65_HS1-834228961_62-HQ-83894_Section_4
Agency: FBI
Page 189
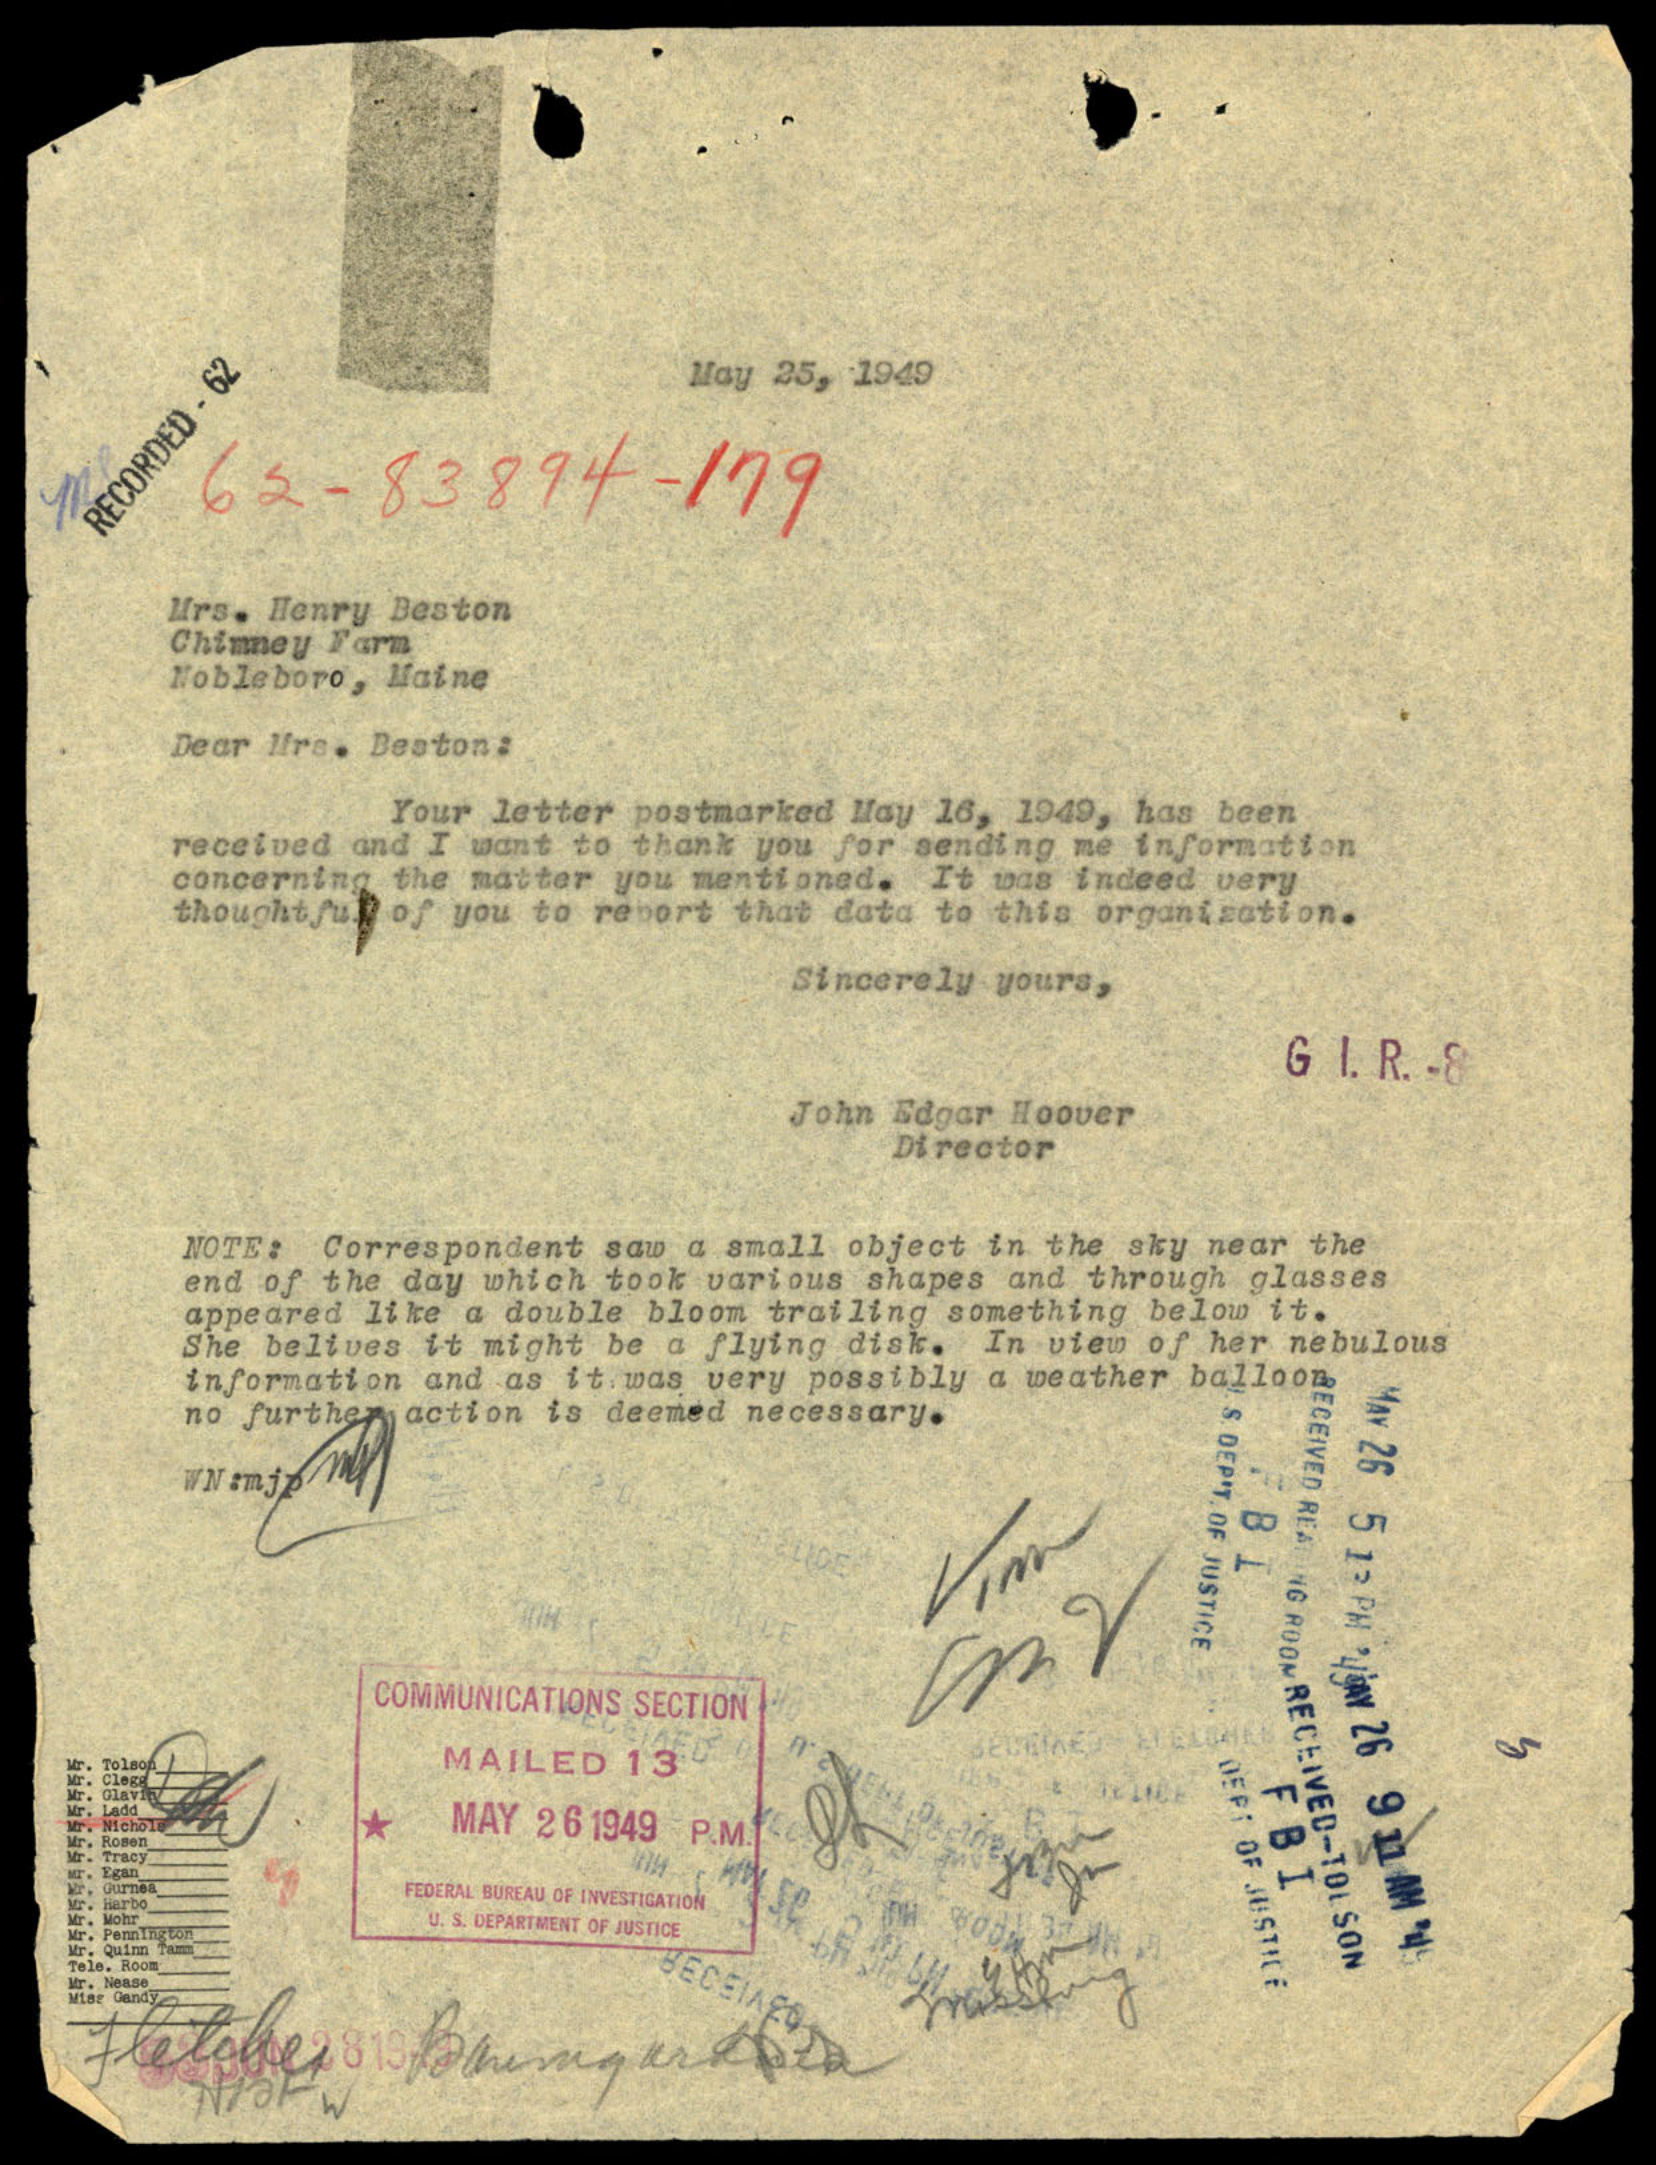